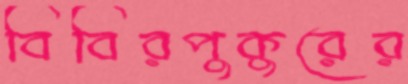
বিবিরপুকুরের